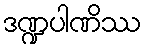
ဒဏ္ဍပါဏိဿ